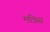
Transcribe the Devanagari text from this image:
मत्रिस